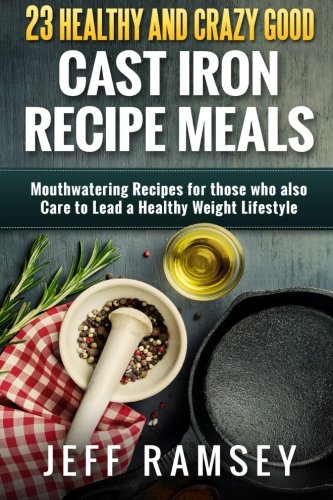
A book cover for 23 Healthy and Crazy Good  Cast Iron Recipe Meals: Mouthwatering recipes for those who also care to lead a healthy weight lifestyle; Jeff Ramsey; Cookbooks, Food & Wine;